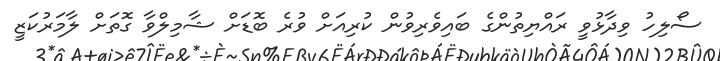
ސޯލިހު ވިދާޅުވީ ރައްޔިތުންގެ ބައިވެރިވުން ކުރިއަށް ވުރެ ބޮޑަށް ޝާމިލްވާ ގޮތަށް ލާމަރުކަޒީ